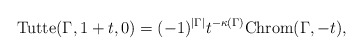
\begin{gather*}{\rm Tutte}(\Gamma,1+t,0)= {(-1)^{|\Gamma|}} {t^{-\kappa(\Gamma)}}{\rm Chrom}(\Gamma,-t),\end{gather*}